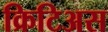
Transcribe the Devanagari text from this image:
क्रिटिअस